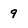
Character: 9